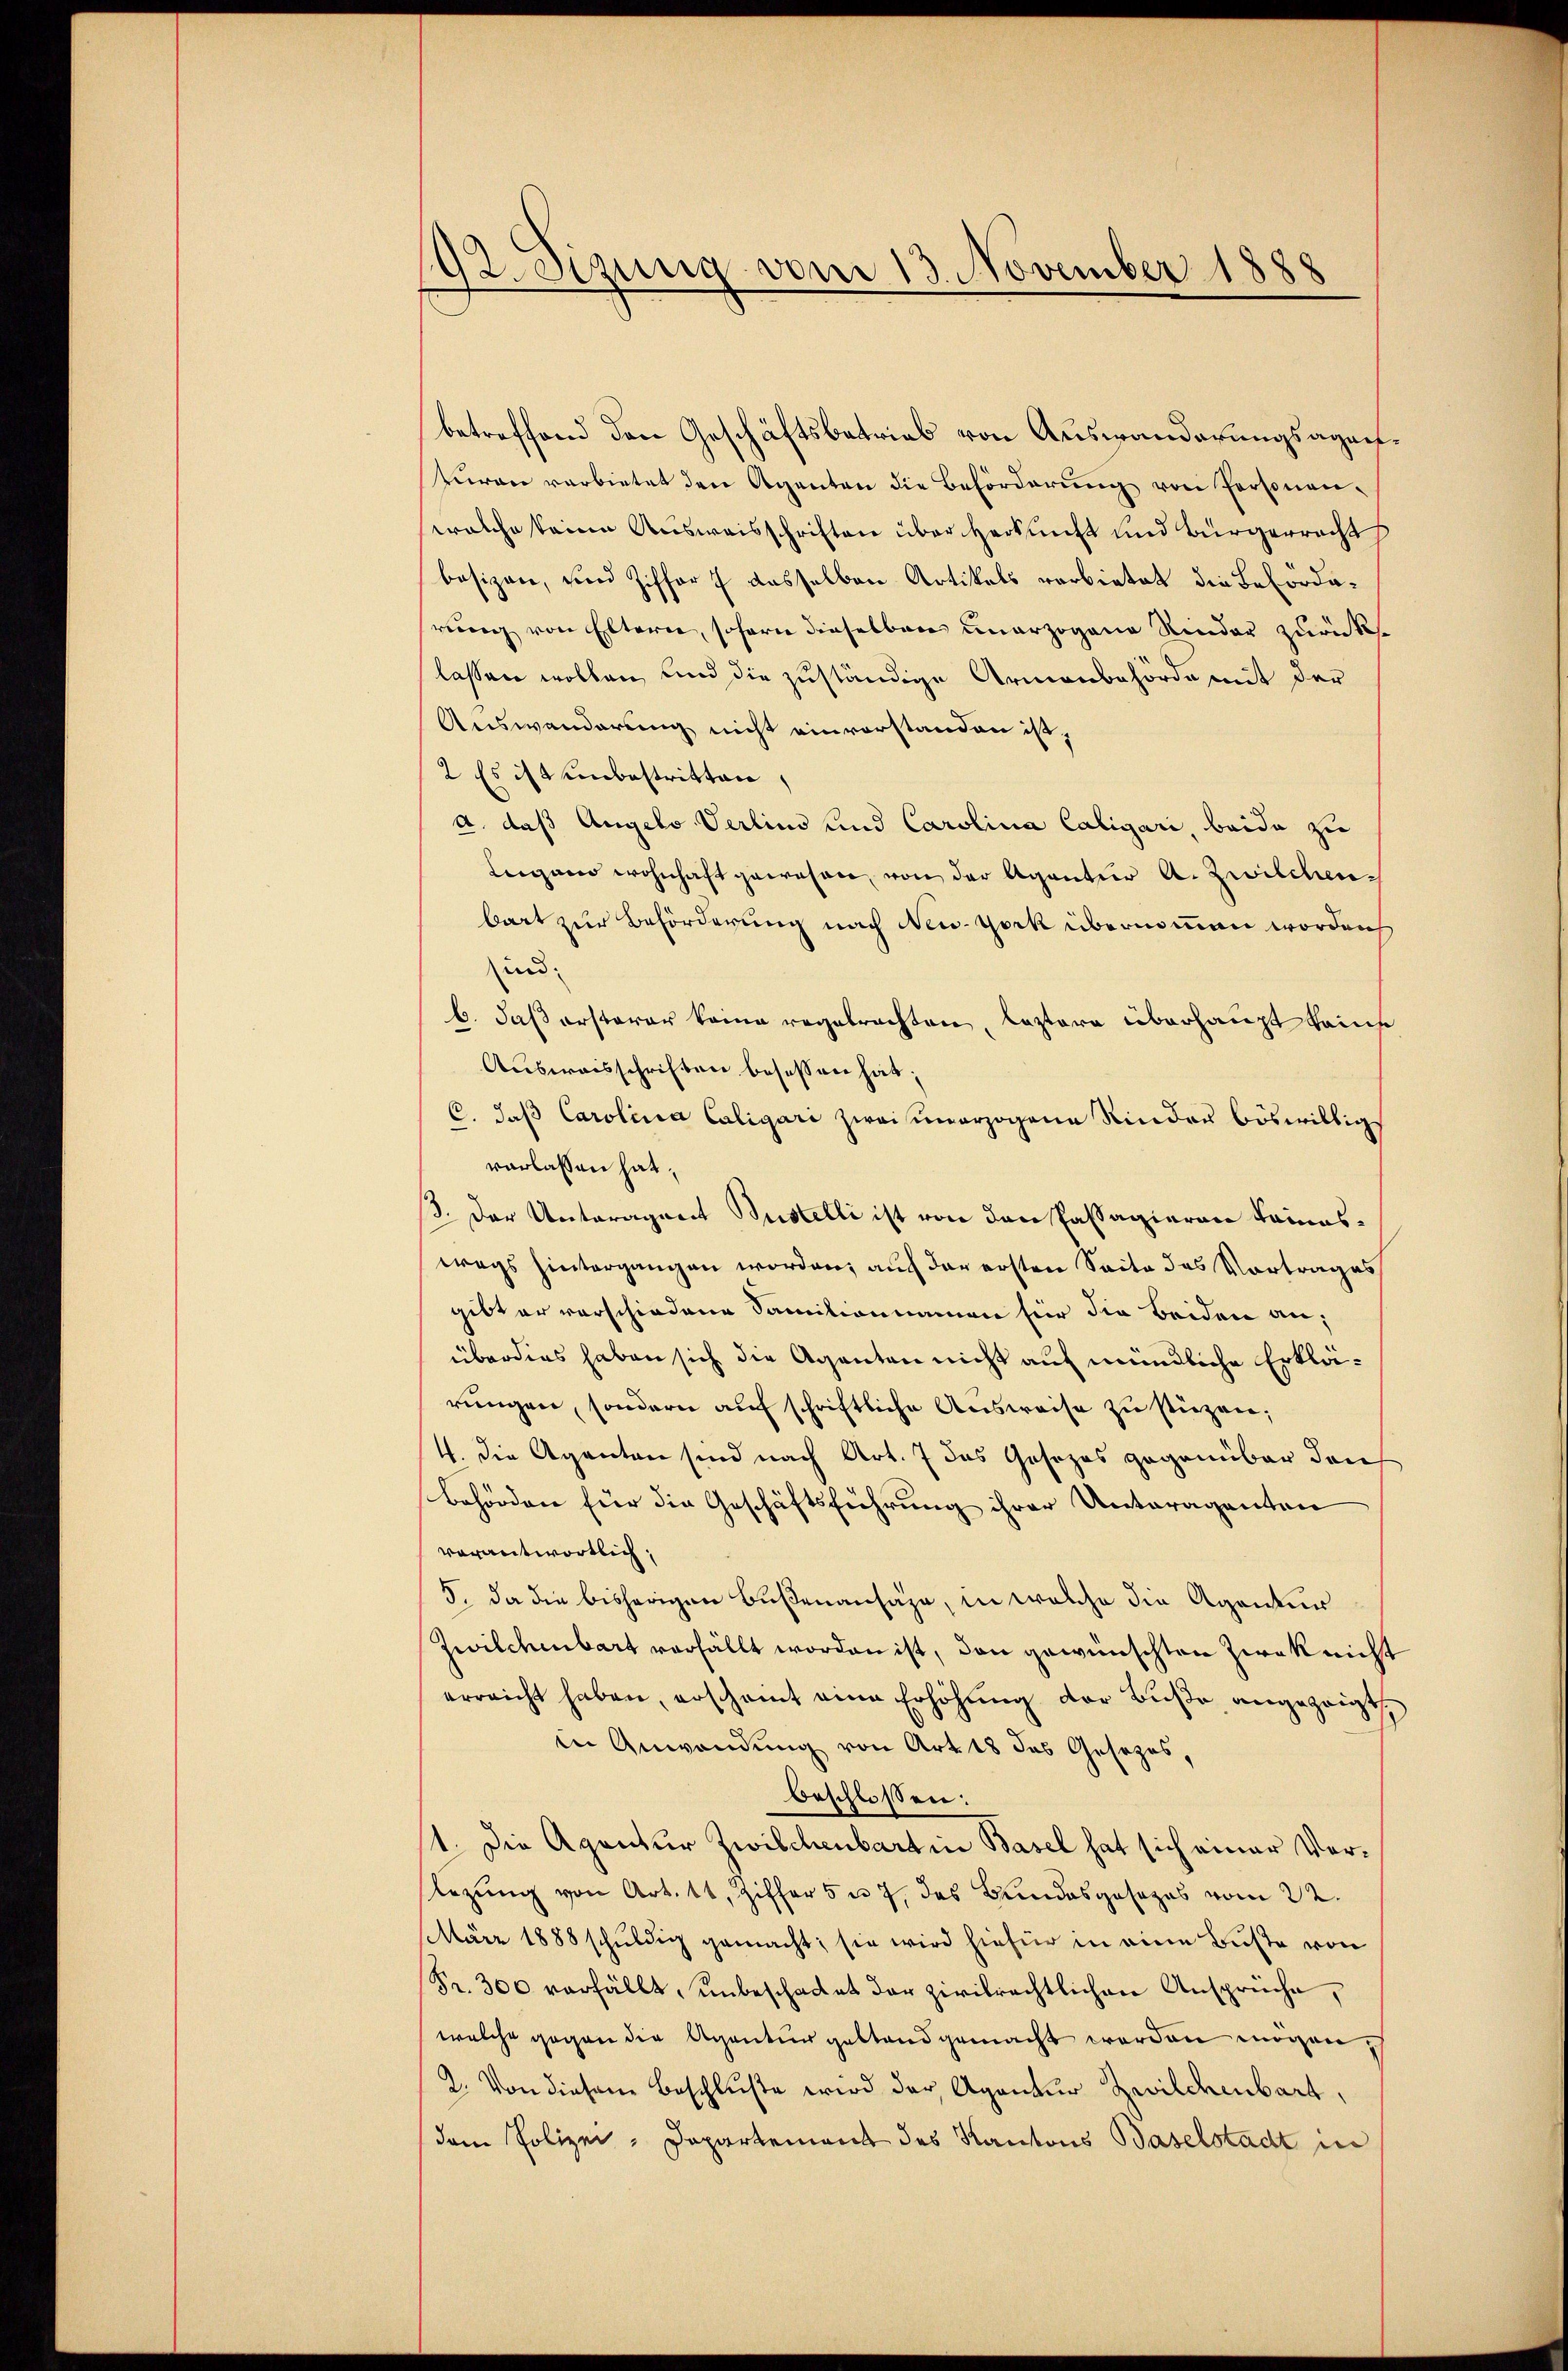
92. Sizung vom 13. November 1888

betreffend den Geschäftsbetrieb von Auswanderungsagentŭren verbietet den Agenten die Beförderŭng von Personen-
welche keine Ausweisschriften über Herkunft und Bürgerrecht
besizen, und Ziffer f dasselben Artikels verbietet die Befördarung von Eltern, sofern dieselben unerzogene Rinder zurücklassen wollen und die zuständige Armenbehörde mit der
Auswanderung nicht einvorstanden ist.
2 Es ist unbestritten,
a. daß Angelo Verlind und Carolina Caligari beide zu
Leigano wohnhaft gewesen, von der Aganter A. Zwilchenbart zur Beförderung nach New-York übernommen worden
ind
b. daß ersterer keine regebrachten, leztere überhaupt kanns
Ausweisschriften besessen hat;
C. daß Carolina Caligari zwaiunerzogene Kinder böswillig
vorlassen hat,
13. Der Unteragnet Sustelli ist von den Passagieren keineswegs hintergangen worden; auch der ersten Seite des Vortrages
gibt er verschiedene Familiannamen für die beiden an,
überdies haben sich die Aganten nicht auf mündliche Erklärungen, sondern auf schriftliche Ausweise zu stüzen;
4. die Agenten sind nach Art. 7 das Gesezes gegenüber den
Behörden für die Geschäftsführung ihrer Unteragenten
verantwortlich,
5. da die bisherigen Bußenansähe, in welche die Agentur
Zwildenbart verfällt worden ist, den gewünschten Zwek nicht
erreicht haben, erscheint eine Erhöhung der Buße angezeigt,
in Anwendung von Art. 18 das Gesezes,
beschlossen:
1. Die Agentur Zwischenbart in Basel hat sich einer Ver¬
Rezung von Art. 11, Ziffer 5 u. 7, das Bundesgesezes vom 22.
März 1888 schuldig gemacht; sie wird hiefür in eine Buße von
Fr. 300 verfällt, unbeschadet der zivilrechtlichen Ansprüche,
welche gegen die Agentur gestand gemacht worden mögen,
2. Von diesem Beschluße wird der Agentur Zwilchenbart,
(dem Polizei-Departement des Kantons Baselstadt in